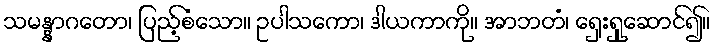
သမန္နာဂတော၊ ပြည့်စံသော။ ဥပါသကော၊ ဒါယကာကို။ အာဘတံ၊ ရှေးရှုဆောင်၍။